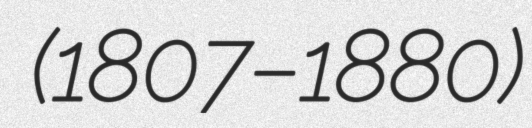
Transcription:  (1807–1880)